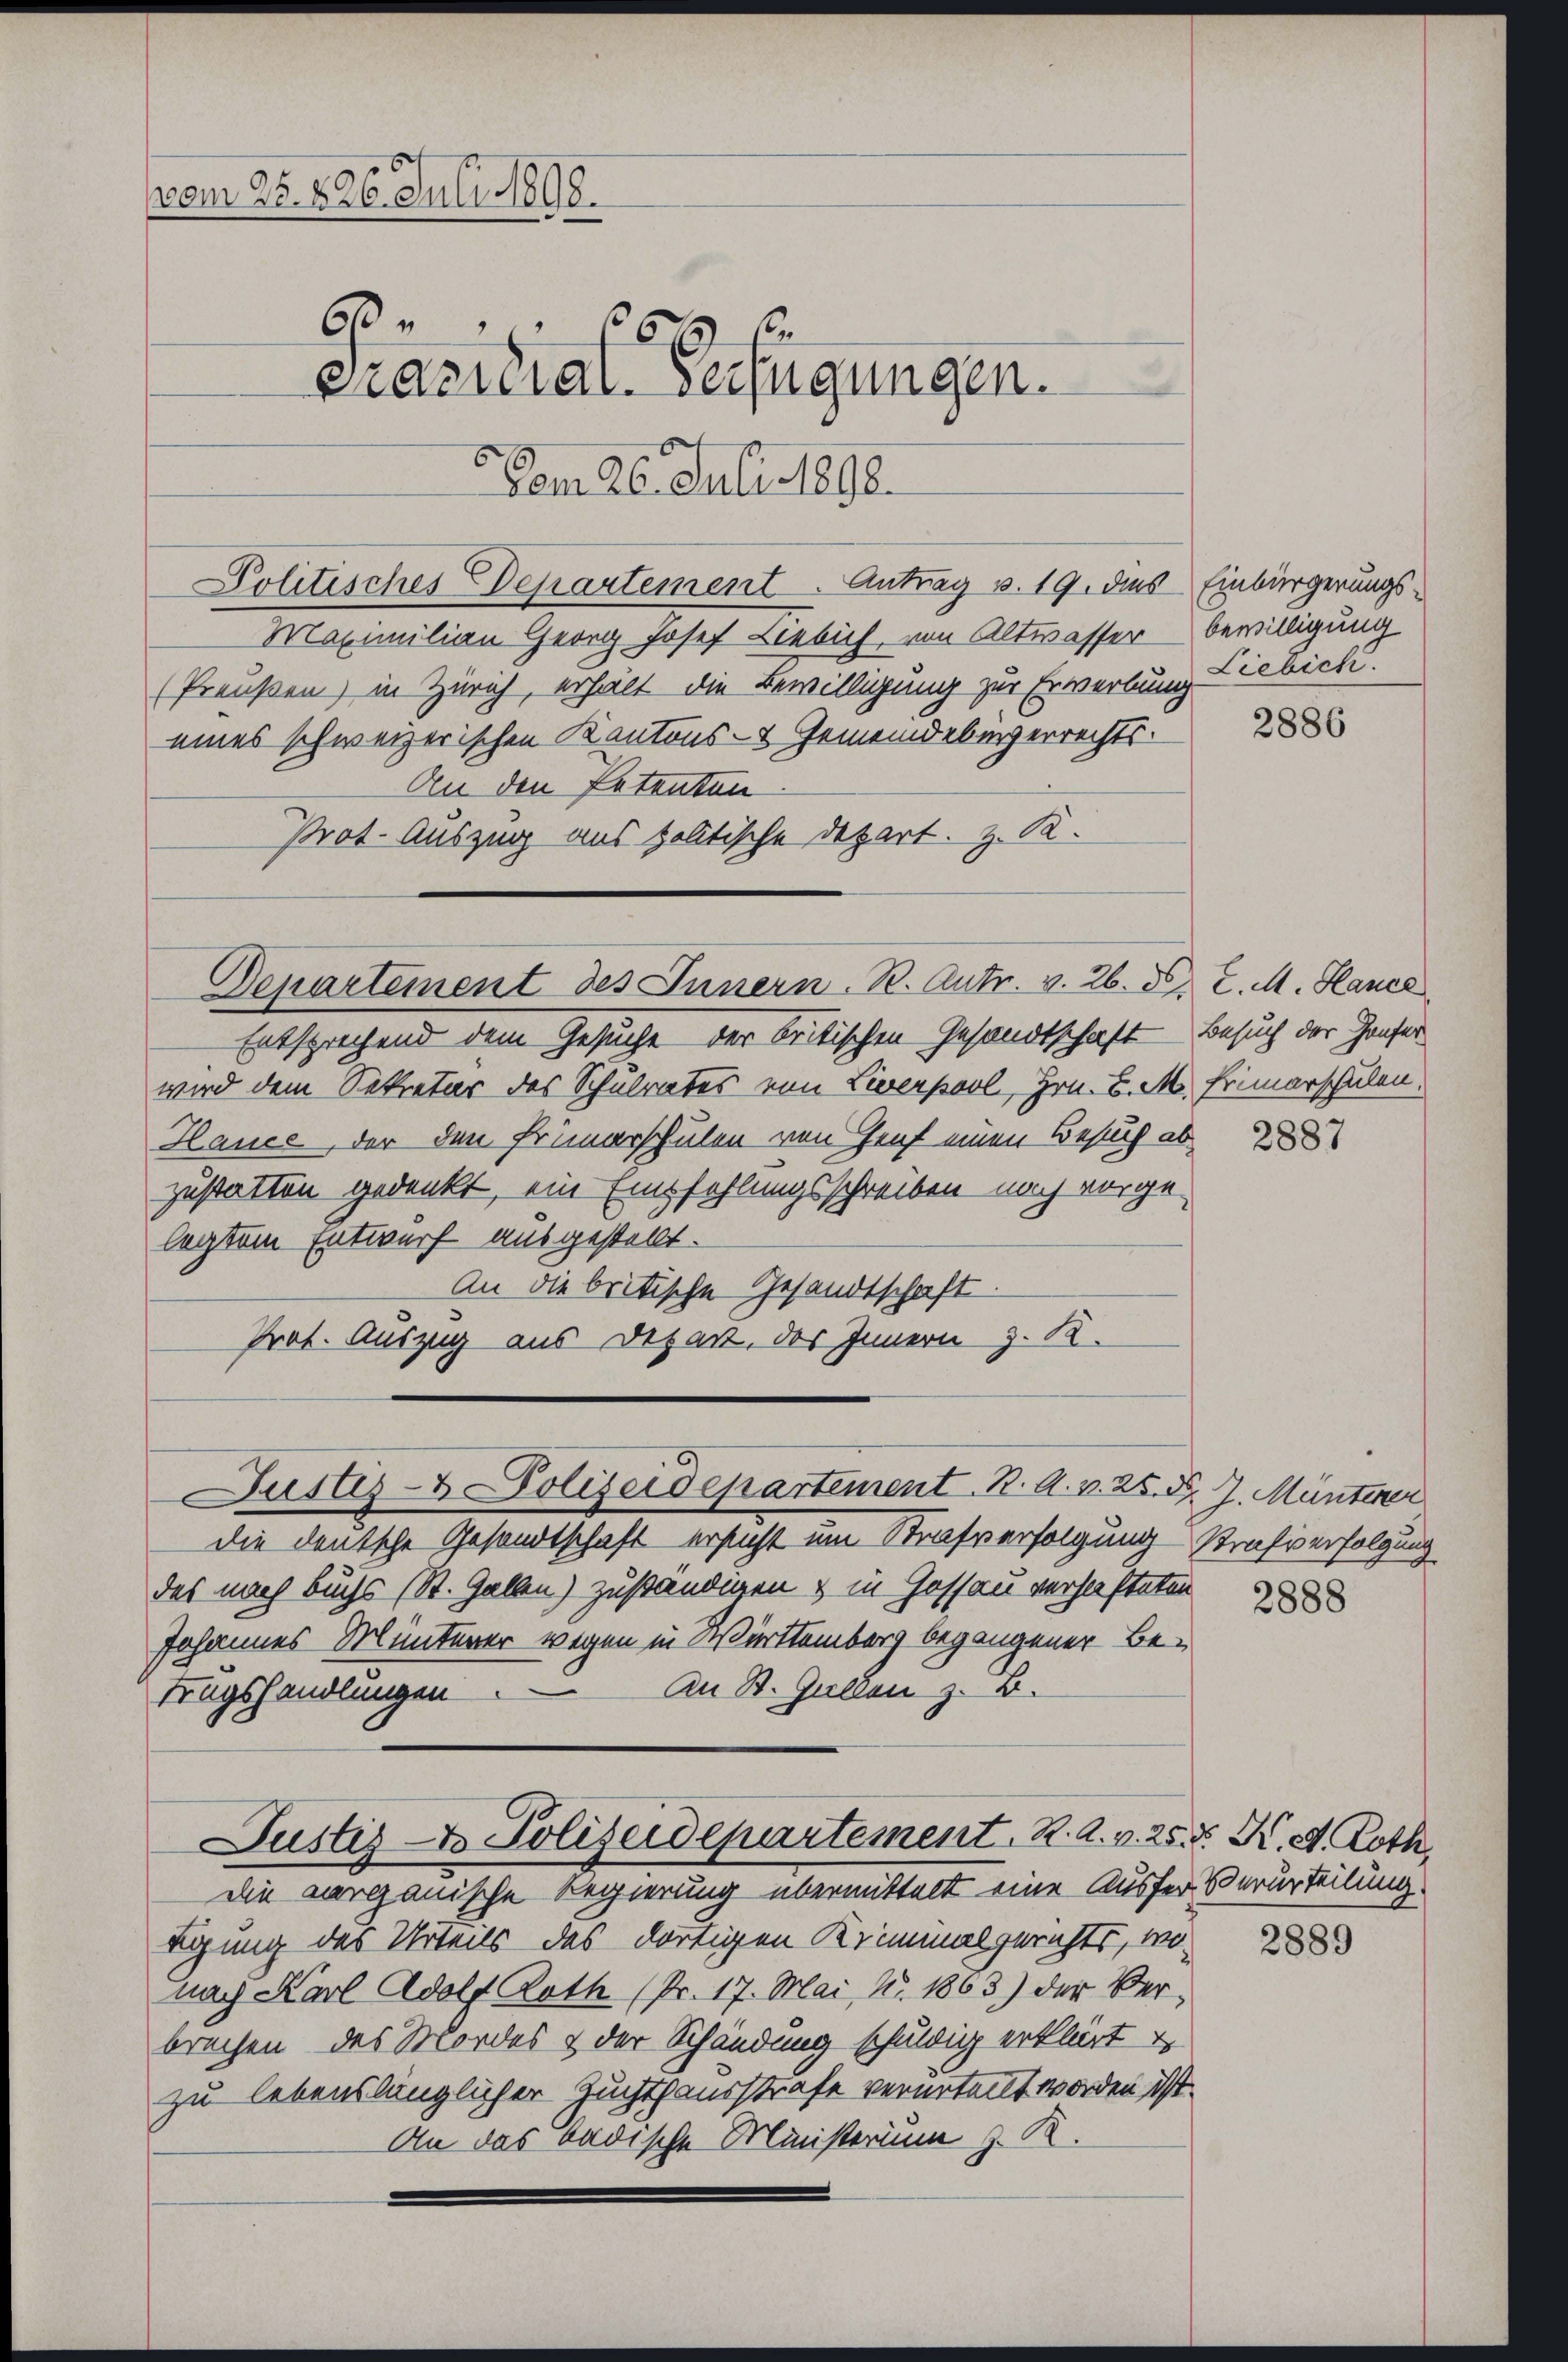
vom 25. 826. Juli 1898.
6
xx
Prasilial-Verfügungen.

Vom 26. Juli 1890.
Politisches Departement. Antrag v. 19. dies Einbürgerungs-
Maximilian Georg Josef Liebich, von Altwasser bewilligung
Preußen) in Zürich, erhält die Bewilligung zur Erwerbung Liebick.
eines schweizerischen Kantons- & Gemeindebürgerrechts¬
An den Petenten
Prot. Auszug aus politische Depart. z. R.

Departement des Innern. B. Antr. v. 26. d. J. M. Hance

Justiz- & Polizeidepartement. 2. A. v. 25. d. J. Münterer

Entsprechend dem Gesuche der britischen Gesandtschaft Besuch der Genfer
wird dem Sekretär des Schulrates von Liverpool, Hrn. B. M. Primarschulen.
Hauce, der den Frümerschulen von Genf einen Besuch ab
zustatten gedenkt, ein Empfehlungsschreiben noch vorge-
legtem Entwurf ausgestellt.
An die britische Gesandtschaft.
Prof. Auszug aus Depart, das Innern z. B.

die deutsche Gesandtschaft ersicht um Strafverfolgung strafverfolgung
das nach Buchs (St. Gallen) zuständigen & in Gossau verhafteten
Johannes Münterer wegen in Württemberg begangener Be-
An St. Gallen z. B.
trugshandlungen
Justiz- & Polizeidepartement. R. A. v. 25. d. K. G. Roth,
die aarganische Regierung übermittelt eine Ausfer Verurteilung.
digung des Urteils des dortigen Krimmalgerichts, wo
nach Karl Adolf Rath (Pr. 17. Mai, Nr. 1863) der Verbrechen, des Mordes & der Schändung schuldig erklärt
zu lebenslänglicher Zuchthausstrafe verurteilt worden ist.
An das Badische Ministerium z. R.

2886

2887

2888

2889